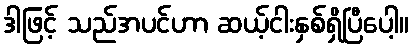
ဒါဖြင့် သည်အပင်ဟာ ဆယ့်ငါးနှစ်ရှိပြီပေါ့။